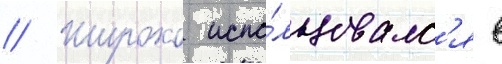
// Широко испо́льзовалс'я в